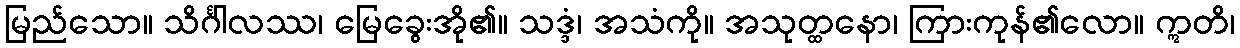
မြည်သော။ သိင်္ဂါလဿ၊ မြေခွေးအို၏။ သဒ္ဒံ၊ အသံကို။ အသုတ္ထနော၊ ကြားကုန်၏လော။ ဣတိ၊